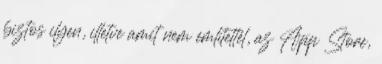
biztos ilyen, illetve amit nem említettél, az App Store,